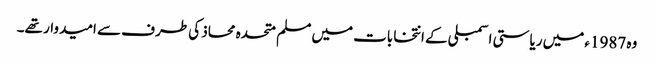
وہ 1987ء میں ریاستی اسمبلی کے انتخابات میں مسلم متحدہ محاذ کی طرف سے امیدوار تھے۔